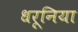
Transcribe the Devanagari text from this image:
धरूनिया